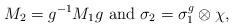
LaTeX: \begin{align*}M_{2}=g^{-1}M_{1}g\ {\rm and} \ \sigma_{2}=\sigma_{1}^{g}\otimes \chi,\end{align*}